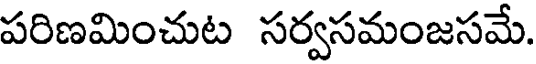
పరిణమించుట సర్వసమంజసమే.